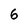
Character: 6